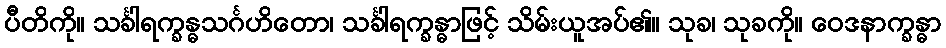
ပီတိကို။ သင်္ခါရက္ခန္ဓသင်္ဂဟိတော၊ သင်္ခါရက္ခန္ဓာဖြင့် သိမ်းယူအပ်၏။ သုခ၊ သုခကို။ ဝေဒနာက္ခန္ဓာ